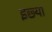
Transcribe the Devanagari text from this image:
इछ्या